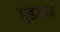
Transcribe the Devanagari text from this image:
मुंडगाव